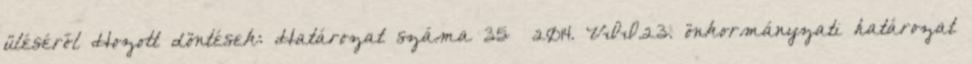
üléséről Hozott döntések: Határozat száma 35 2014. VII.23. önkormányzati határozat